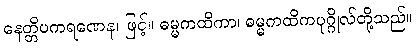
နေတ္တိပကရဏေန၊ ဖြင့်။ ဓမ္မကထိကာ၊ ဓမ္မကထိကပုဂ္ဂိုလ်တို့သည်။